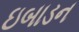
ઇબાડન